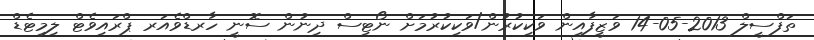
ތަފްސީލް 2013-05-14 ވަޒީފާއިން ވަކިކުރުން/ވަކިކުރުމަށް ނޯޓިސް ދިނުން ސޮނީ ހާރޑްވެއަރ ޕްރައިވެޓް ލިމިޓެޑް